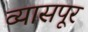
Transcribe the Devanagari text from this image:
व्यासपूर